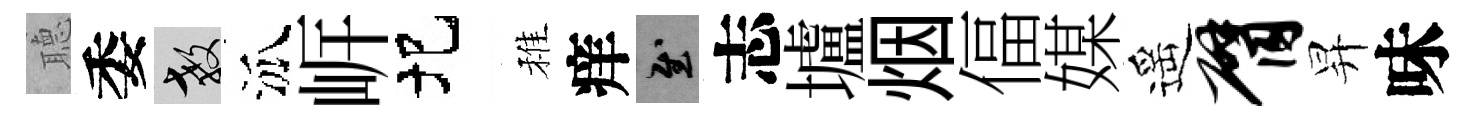
𦗟委教泒㟁圯稚痒慰志壚烟偪媒遥臂昇味